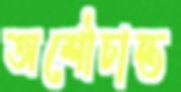
অশৌচান্ত